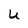
Character: U